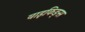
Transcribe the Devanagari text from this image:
वाइकिङ्स